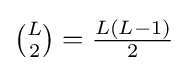
{\tbinom {L}{2}}={\tfrac {L(L-1)}{2}}